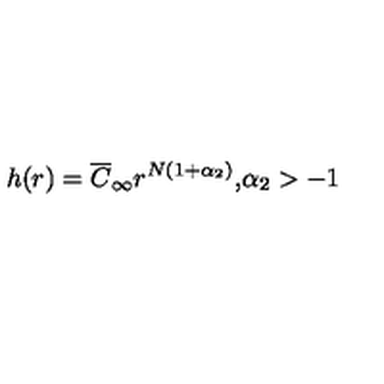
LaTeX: h ( r ) = \overline { { C } } _ { \infty } r ^ { N ( 1 + \alpha _ { 2 } ) } \mathrm { , } \alpha _ { 2 } > - 1